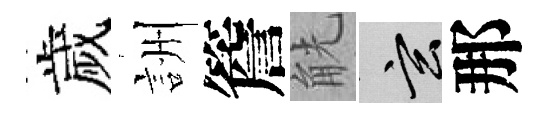
歲詶簷觥玄那